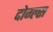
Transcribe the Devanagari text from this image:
दोग्ल्स